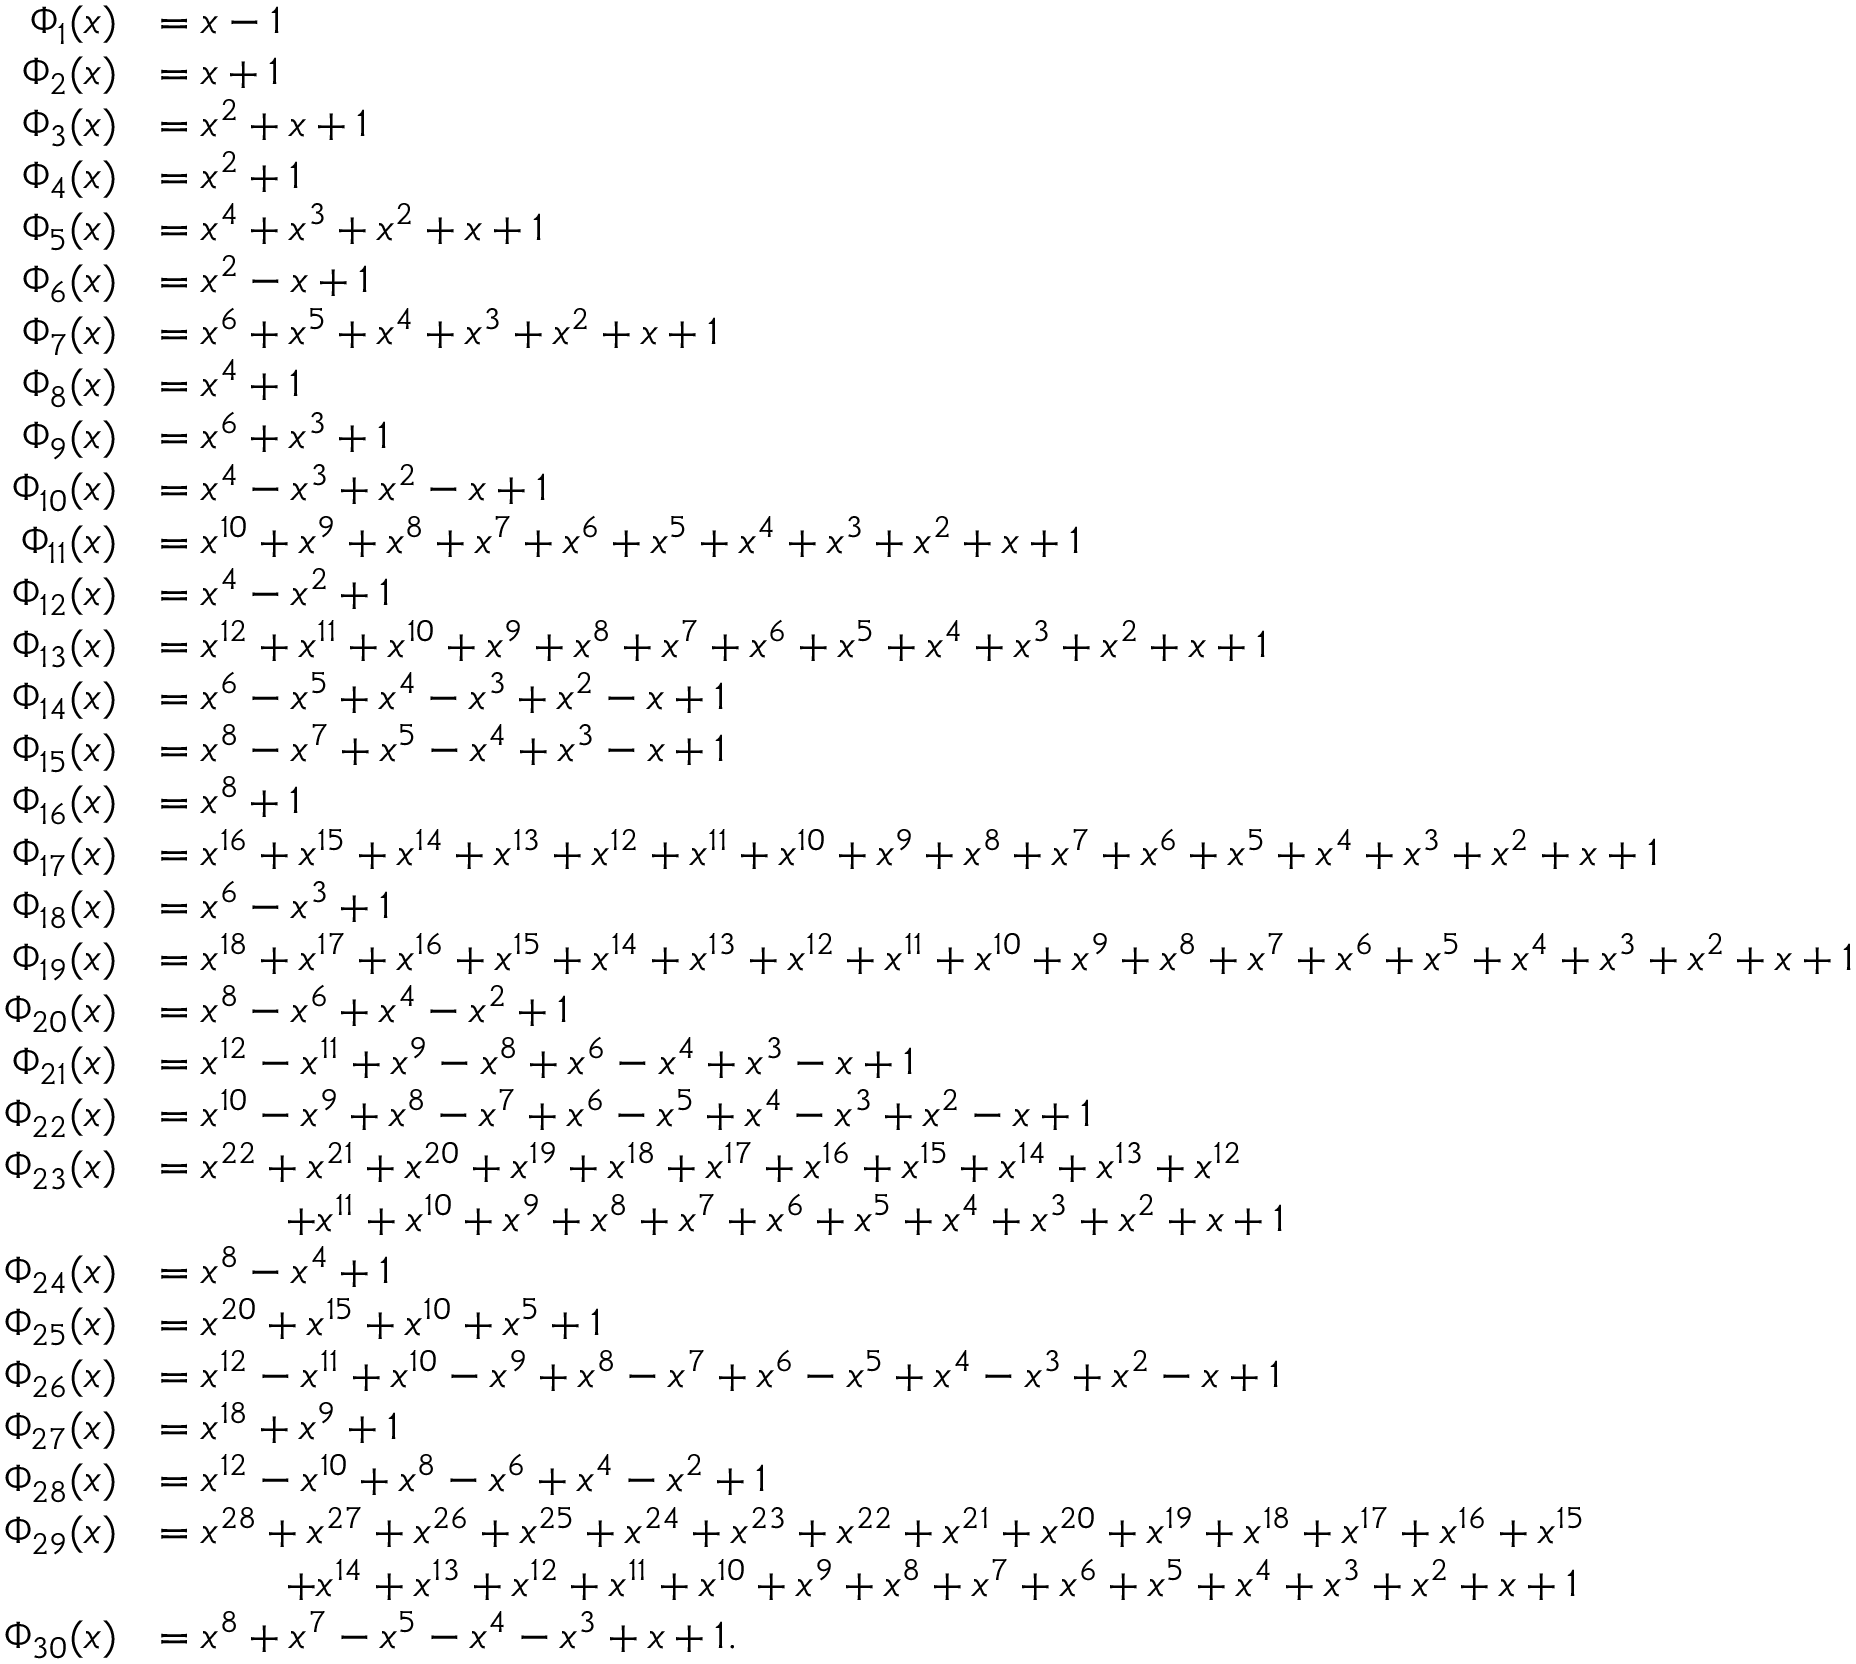
{ \begin{array} { r l } { \Phi _ { 1 } ( x ) } & { = x - 1 } \\ { \Phi _ { 2 } ( x ) } & { = x + 1 } \\ { \Phi _ { 3 } ( x ) } & { = x ^ { 2 } + x + 1 } \\ { \Phi _ { 4 } ( x ) } & { = x ^ { 2 } + 1 } \\ { \Phi _ { 5 } ( x ) } & { = x ^ { 4 } + x ^ { 3 } + x ^ { 2 } + x + 1 } \\ { \Phi _ { 6 } ( x ) } & { = x ^ { 2 } - x + 1 } \\ { \Phi _ { 7 } ( x ) } & { = x ^ { 6 } + x ^ { 5 } + x ^ { 4 } + x ^ { 3 } + x ^ { 2 } + x + 1 } \\ { \Phi _ { 8 } ( x ) } & { = x ^ { 4 } + 1 } \\ { \Phi _ { 9 } ( x ) } & { = x ^ { 6 } + x ^ { 3 } + 1 } \\ { \Phi _ { 1 0 } ( x ) } & { = x ^ { 4 } - x ^ { 3 } + x ^ { 2 } - x + 1 } \\ { \Phi _ { 1 1 } ( x ) } & { = x ^ { 1 0 } + x ^ { 9 } + x ^ { 8 } + x ^ { 7 } + x ^ { 6 } + x ^ { 5 } + x ^ { 4 } + x ^ { 3 } + x ^ { 2 } + x + 1 } \\ { \Phi _ { 1 2 } ( x ) } & { = x ^ { 4 } - x ^ { 2 } + 1 } \\ { \Phi _ { 1 3 } ( x ) } & { = x ^ { 1 2 } + x ^ { 1 1 } + x ^ { 1 0 } + x ^ { 9 } + x ^ { 8 } + x ^ { 7 } + x ^ { 6 } + x ^ { 5 } + x ^ { 4 } + x ^ { 3 } + x ^ { 2 } + x + 1 } \\ { \Phi _ { 1 4 } ( x ) } & { = x ^ { 6 } - x ^ { 5 } + x ^ { 4 } - x ^ { 3 } + x ^ { 2 } - x + 1 } \\ { \Phi _ { 1 5 } ( x ) } & { = x ^ { 8 } - x ^ { 7 } + x ^ { 5 } - x ^ { 4 } + x ^ { 3 } - x + 1 } \\ { \Phi _ { 1 6 } ( x ) } & { = x ^ { 8 } + 1 } \\ { \Phi _ { 1 7 } ( x ) } & { = x ^ { 1 6 } + x ^ { 1 5 } + x ^ { 1 4 } + x ^ { 1 3 } + x ^ { 1 2 } + x ^ { 1 1 } + x ^ { 1 0 } + x ^ { 9 } + x ^ { 8 } + x ^ { 7 } + x ^ { 6 } + x ^ { 5 } + x ^ { 4 } + x ^ { 3 } + x ^ { 2 } + x + 1 } \\ { \Phi _ { 1 8 } ( x ) } & { = x ^ { 6 } - x ^ { 3 } + 1 } \\ { \Phi _ { 1 9 } ( x ) } & { = x ^ { 1 8 } + x ^ { 1 7 } + x ^ { 1 6 } + x ^ { 1 5 } + x ^ { 1 4 } + x ^ { 1 3 } + x ^ { 1 2 } + x ^ { 1 1 } + x ^ { 1 0 } + x ^ { 9 } + x ^ { 8 } + x ^ { 7 } + x ^ { 6 } + x ^ { 5 } + x ^ { 4 } + x ^ { 3 } + x ^ { 2 } + x + 1 } \\ { \Phi _ { 2 0 } ( x ) } & { = x ^ { 8 } - x ^ { 6 } + x ^ { 4 } - x ^ { 2 } + 1 } \\ { \Phi _ { 2 1 } ( x ) } & { = x ^ { 1 2 } - x ^ { 1 1 } + x ^ { 9 } - x ^ { 8 } + x ^ { 6 } - x ^ { 4 } + x ^ { 3 } - x + 1 } \\ { \Phi _ { 2 2 } ( x ) } & { = x ^ { 1 0 } - x ^ { 9 } + x ^ { 8 } - x ^ { 7 } + x ^ { 6 } - x ^ { 5 } + x ^ { 4 } - x ^ { 3 } + x ^ { 2 } - x + 1 } \\ { \Phi _ { 2 3 } ( x ) } & { = x ^ { 2 2 } + x ^ { 2 1 } + x ^ { 2 0 } + x ^ { 1 9 } + x ^ { 1 8 } + x ^ { 1 7 } + x ^ { 1 6 } + x ^ { 1 5 } + x ^ { 1 4 } + x ^ { 1 3 } + x ^ { 1 2 } } \\ & { \qquad \quad + x ^ { 1 1 } + x ^ { 1 0 } + x ^ { 9 } + x ^ { 8 } + x ^ { 7 } + x ^ { 6 } + x ^ { 5 } + x ^ { 4 } + x ^ { 3 } + x ^ { 2 } + x + 1 } \\ { \Phi _ { 2 4 } ( x ) } & { = x ^ { 8 } - x ^ { 4 } + 1 } \\ { \Phi _ { 2 5 } ( x ) } & { = x ^ { 2 0 } + x ^ { 1 5 } + x ^ { 1 0 } + x ^ { 5 } + 1 } \\ { \Phi _ { 2 6 } ( x ) } & { = x ^ { 1 2 } - x ^ { 1 1 } + x ^ { 1 0 } - x ^ { 9 } + x ^ { 8 } - x ^ { 7 } + x ^ { 6 } - x ^ { 5 } + x ^ { 4 } - x ^ { 3 } + x ^ { 2 } - x + 1 } \\ { \Phi _ { 2 7 } ( x ) } & { = x ^ { 1 8 } + x ^ { 9 } + 1 } \\ { \Phi _ { 2 8 } ( x ) } & { = x ^ { 1 2 } - x ^ { 1 0 } + x ^ { 8 } - x ^ { 6 } + x ^ { 4 } - x ^ { 2 } + 1 } \\ { \Phi _ { 2 9 } ( x ) } & { = x ^ { 2 8 } + x ^ { 2 7 } + x ^ { 2 6 } + x ^ { 2 5 } + x ^ { 2 4 } + x ^ { 2 3 } + x ^ { 2 2 } + x ^ { 2 1 } + x ^ { 2 0 } + x ^ { 1 9 } + x ^ { 1 8 } + x ^ { 1 7 } + x ^ { 1 6 } + x ^ { 1 5 } } \\ & { \qquad \quad + x ^ { 1 4 } + x ^ { 1 3 } + x ^ { 1 2 } + x ^ { 1 1 } + x ^ { 1 0 } + x ^ { 9 } + x ^ { 8 } + x ^ { 7 } + x ^ { 6 } + x ^ { 5 } + x ^ { 4 } + x ^ { 3 } + x ^ { 2 } + x + 1 } \\ { \Phi _ { 3 0 } ( x ) } & { = x ^ { 8 } + x ^ { 7 } - x ^ { 5 } - x ^ { 4 } - x ^ { 3 } + x + 1 . } \end{array} }